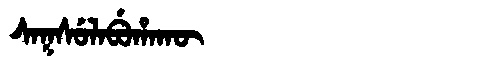
Manchu: ᠰᠠᡴᠰᡠᠯᠠᠪᡠᡥᠠᡴᡡ
Romanization: SAKSULABUHAKŪ